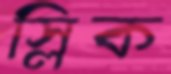
স্লিক